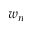
w _ { n }